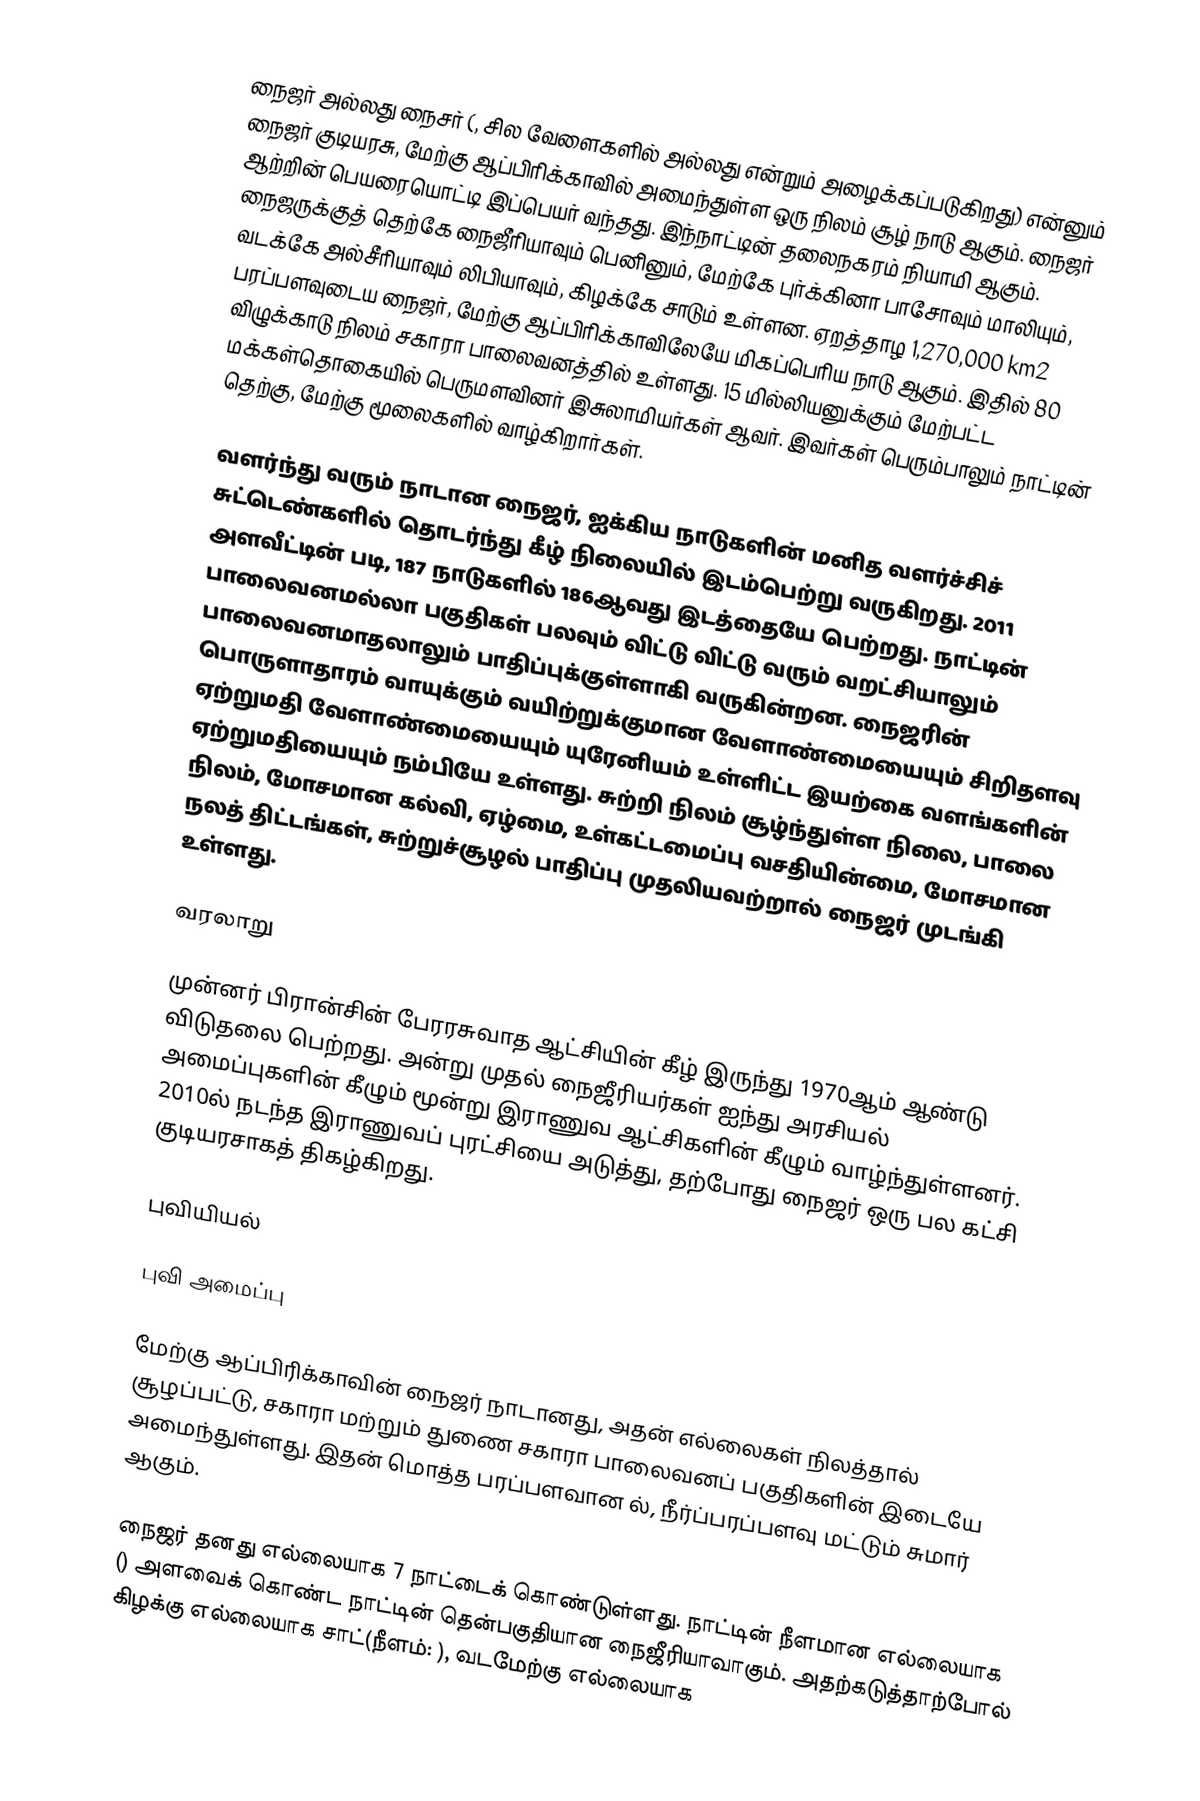
நைஜர் அல்லது நைசர் (, சில வேளைகளில்  அல்லது  என்றும் அழைக்கப்படுகிறது) என்னும் நைஜர் குடியரசு, மேற்கு ஆப்பிரிக்காவில் அமைந்துள்ள ஒரு நிலம் சூழ் நாடு ஆகும். நைஜர் ஆற்றின் பெயரையொட்டி இப்பெயர் வந்தது. இந்நாட்டின் தலைநகரம் நியாமி ஆகும். நைஜருக்குத் தெற்கே நைஜீரியாவும் பெனினும், மேற்கே புர்க்கினா பாசோவும் மாலியும், வடக்கே அல்சீரியாவும் லிபியாவும், கிழக்கே சாடும் உள்ளன. ஏறத்தாழ 1,270,000 km2 பரப்பளவுடைய நைஜர், மேற்கு ஆப்பிரிக்காவிலேயே மிகப்பெரிய நாடு ஆகும். இதில் 80 விழுக்காடு நிலம் சகாரா பாலைவனத்தில் உள்ளது. 15 மில்லியனுக்கும் மேற்பட்ட மக்கள்தொகையில் பெருமளவினர் இசுலாமியர்கள் ஆவர். இவர்கள் பெரும்பாலும் நாட்டின் தெற்கு, மேற்கு மூலைகளில் வாழ்கிறார்கள்.

வளர்ந்து வரும் நாடான நைஜர், ஐக்கிய நாடுகளின் மனித வளர்ச்சிச் சுட்டெண்களில் தொடர்ந்து கீழ் நிலையில் இடம்பெற்று வருகிறது. 2011 அளவீட்டின் படி, 187 நாடுகளில் 186ஆவது இடத்தையே பெற்றது. நாட்டின் பாலைவனமல்லா பகுதிகள் பலவும் விட்டு விட்டு வரும் வறட்சியாலும் பாலைவனமாதலாலும் பாதிப்புக்குள்ளாகி வருகின்றன. நைஜரின் பொருளாதாரம் வாயுக்கும் வயிற்றுக்குமான வேளாண்மையையும் சிறிதளவு ஏற்றுமதி வேளாண்மையையும் யுரேனியம் உள்ளிட்ட இயற்கை வளங்களின் ஏற்றுமதியையும் நம்பியே உள்ளது. சுற்றி நிலம் சூழ்ந்துள்ள நிலை, பாலை நிலம், மோசமான கல்வி, ஏழ்மை, உள்கட்டமைப்பு வசதியின்மை, மோசமான நலத் திட்டங்கள், சுற்றுச்சூழல் பாதிப்பு முதலியவற்றால் நைஜர் முடங்கி உள்ளது.

வரலாறு

முன்னர் பிரான்சின் பேரரசுவாத ஆட்சியின் கீழ் இருந்து 1970ஆம் ஆண்டு விடுதலை பெற்றது. அன்று முதல் நைஜீரியர்கள் ஐந்து அரசியல் அமைப்புகளின் கீழும் மூன்று இராணுவ ஆட்சிகளின் கீழும் வாழ்ந்துள்ளனர். 2010ல் நடந்த இராணுவப் புரட்சியை அடுத்து, தற்போது நைஜர் ஒரு பல கட்சி குடியரசாகத் திகழ்கிறது.

புவியியல்

புவி அமைப்பு

மேற்கு ஆப்பிரிக்காவின் நைஜர் நாடானது, அதன் எல்லைகள் நிலத்தால் சூழப்பட்டு, சகாரா மற்றும் துணை சகாரா பாலைவனப் பகுதிகளின் இடையே அமைந்துள்ளது. இதன் மொத்த பரப்பளவான ல், நீர்ப்பரப்பளவு மட்டும் சுமார்  ஆகும்.

நைஜர் தனது எல்லையாக 7 நாட்டைக் கொண்டுள்ளது. நாட்டின் நீளமான எல்லையாக () அளவைக் கொண்ட நாட்டின் தென்பகுதியான நைஜீரியாவாகும். அதற்கடுத்தாற்போல் கிழக்கு எல்லையாக சாட்(நீளம்: ), வடமேற்கு எல்லையாக